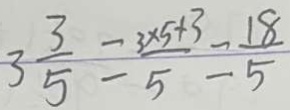
3 \frac { 3 } { 5 } = \frac { 3 \times 5 + 3 } { 5 } = \frac { 1 8 } { 5 }